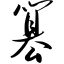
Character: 篡